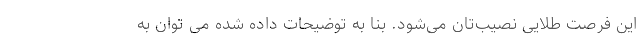
این فرصت طلایی نصیب‌تان می‌شود. بنا به توضیحات داده شده می توان به